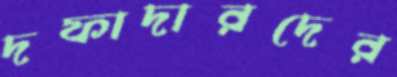
দফাদারদের